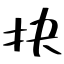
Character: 抉